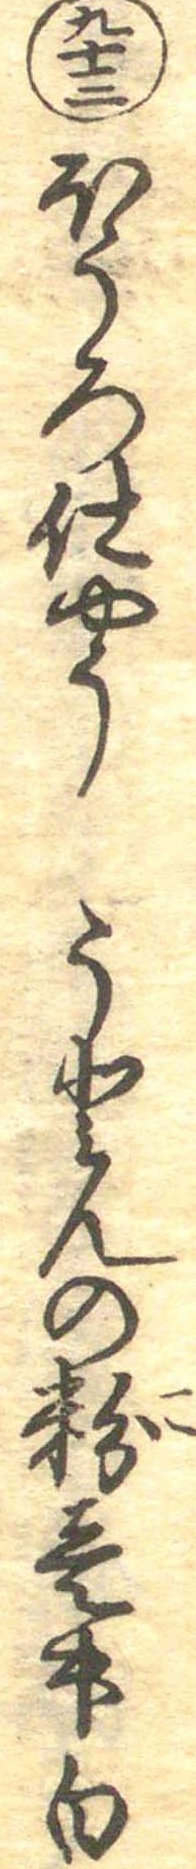
九十三ほうろ仕やううとんの粉壱升白